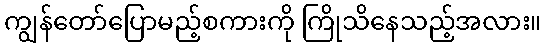
ကျွန်တော်ပြောမည့်စကားကို ကြိုသိနေသည့်အလား။